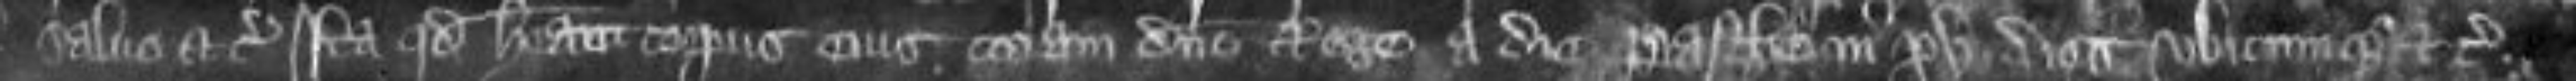
salvo etc Ita quod habeant corporus eius coram domino Rege a die Pasche in xv dies ubicumque etc